Annual report of the Imperial Bacteriological Laboratory, Muktesar
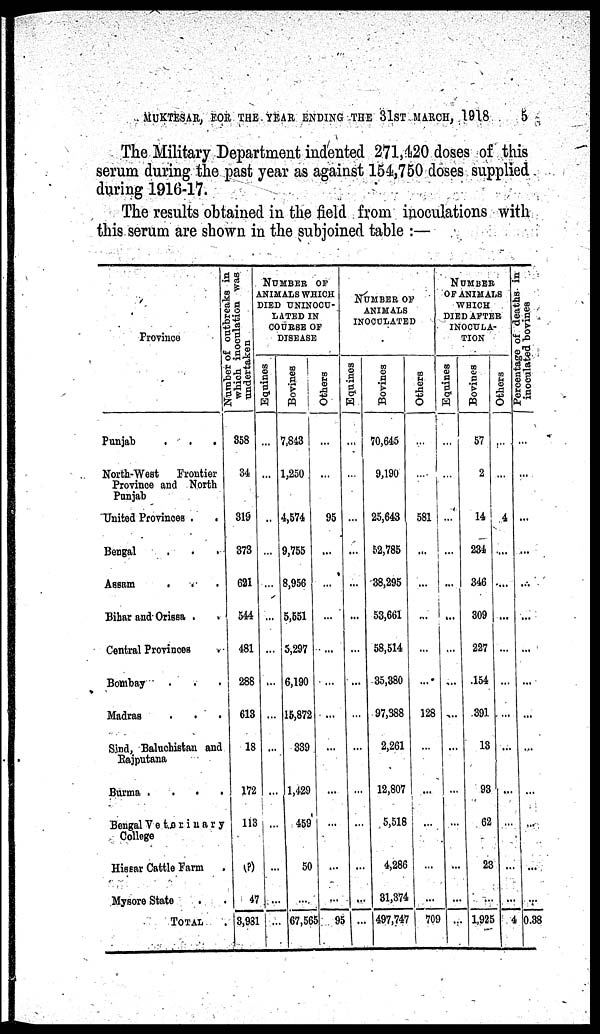
MUKTESAR, FOR THE YEAR ENDING THE 31ST MARCH, 1918
5
The Military Department indented 271,420 doses of this
serum during the past year as against 154,750 doses supplied
during 1916-17.
The results obtained in the field from inoculations with
this serum are shown in the subjoined table :—
Province
Punjab
North-West
Frontier
Province and North
Punjab
United Provinces .
Bengal
Assam
.
Bihar and Orissa .
..
Central Provinces
Bombay
Madras
Sind, Baluchistan and
Rajputana
Burma .
.
.
Bengal Veterinary
College
Hissar Cattle Farm
Mysore State
TOTAL
Number of outbreaks in
which inoculation was
undertaken
358
34
319
373
621
544
481
288
613
18
172
113
(P)
47
3,981
NUMBER OF
ANIMALS WHICH
DIED UNINOCU¬
LATED IN
COURSE OF
DISEASE
Equines
...
...
...
...
...
...
...
...
...
...
...
...
...
...
Bovines
7,843
1,250
4,574
9,755
8,956
5,551
5,297
6,190
15,872
339
1,429
459
50
...
67,565
Others
...
...
95
...
...
...
...
...
...
...
...
...
...
...
95
NUMBER OF
ANIMALS
INOCULATED
Equines
...
...
...
...
...
...
...
...
...
...
...
...
...
...
...
Bovines
70,645
9,190
25,643
52,785
38,295
53,661
58,514
35,380
97,388
2,261
12,807
5,518
4,286
31,374
497,747
Others
....
581
...
...
...
...
...
128
...
...
...
...
...
709
NUMBER
OF ANIMALS
WHICH
DIED AFTER
INOCULA¬
TION
Equines
...
...
...
...
...
...
...
...
...
...
...
Bovines
57
2
14
234
346
309
227
154
391
13
93
62
23
...
1,925
Others
... .
...
4
....
....
...
...
...
...
...
...
...
...
...
4
Percentage of deaths in
inoculated bovines
...
...
...
...
...
...
...
...
...
...
...
...
...
...
0.38